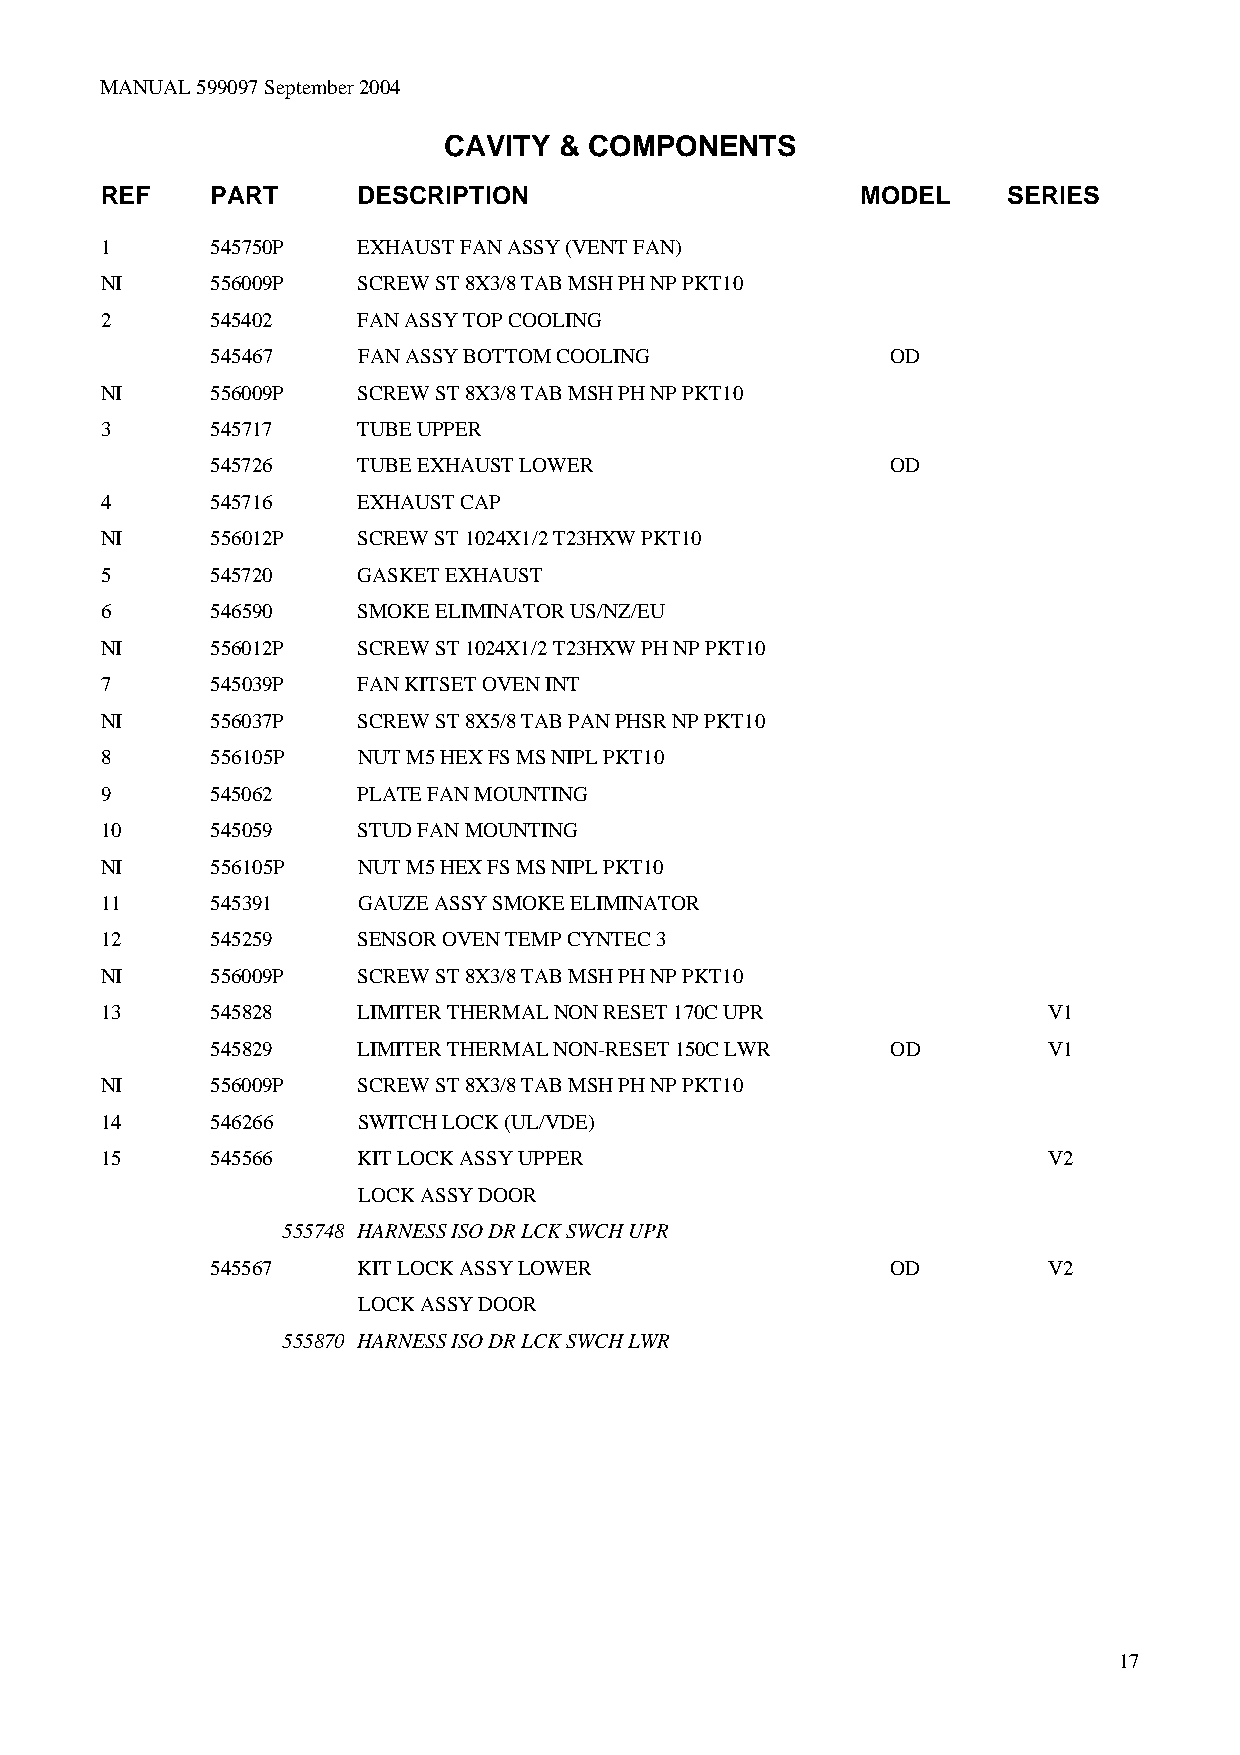
MANUAL 599097 September 2004
 CAVITY  & COMPONENTS
 REF    PART      DESCRIPTION                      MODEL     SERIES
 1      545750P   EXHAUST FAN ASSY (VENT FAN)
 NI     556009P   SCREW ST 8X3/8 TAB MSH PH NP PKT10
 2      545402    FAN ASSY TOP COOLING
 545467    FAN ASSY BOTTOM COOLING            OD
 NI     556009P   SCREW ST 8X3/8 TAB MSH PH NP PKT10
 3      545717    TUBE UPPER
 545726    TUBE EXHAUST LOWER                 OD
 4      545716    EXHAUST CAP
 NI     556012P   SCREW ST 1024X1/2 T23HXW PKT10
 5      545720    GASKET EXHAUST
 6      546590    SMOKE ELIMINATOR US/NZ/EU
 NI     556012P   SCREW ST 1024X1/2 T23HXW PH NP PKT10
 7      545039P   FAN KITSET OVEN INT
 NI     556037P   SCREW ST 8X5/8 TAB PAN PHSR NP PKT10
 8      556105P   NUT M5 HEX FS MS NIPL PKT10
 9      545062    PLATE FAN MOUNTING
 10     545059    STUD FAN MOUNTING
 NI     556105P   NUT M5 HEX FS MS NIPL PKT10
 11     545391    GAUZE ASSY SMOKE ELIMINATOR
 12     545259    SENSOR OVEN TEMP CYNTEC 3
 NI     556009P   SCREW ST 8X3/8 TAB MSH PH NP PKT10
 13     545828    LIMITER THERMAL NON RESET 170C UPR           V1
 545829    LIMITER THERMAL NON-RESET 150C LWR OD        V1
 NI     556009P   SCREW ST 8X3/8 TAB MSH PH NP PKT10
 14     546266    SWITCH LOCK (UL/VDE)
 15     545566    KIT LOCK ASSY UPPER                          V2
 LOCK ASSY DOOR
 555748 HARNESS ISO DR LCK SWCH UPR
 545567    KIT LOCK ASSY LOWER                OD        V2
 LOCK ASSY DOOR
 555870 HARNESS ISO DR LCK SWCH LWR
 17